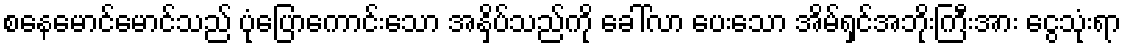
စနေမောင်မောင်သည် ပုံပြောကောင်းသော အနှိပ်သည်ကို ခေါ်လာ ပေးသော အိမ်ရှင်အဘိုးကြီးအား ငွေသုံးရာ